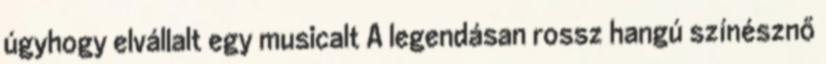
úgyhogy elvállalt egy musicalt A legendásan rossz hangú színésznő